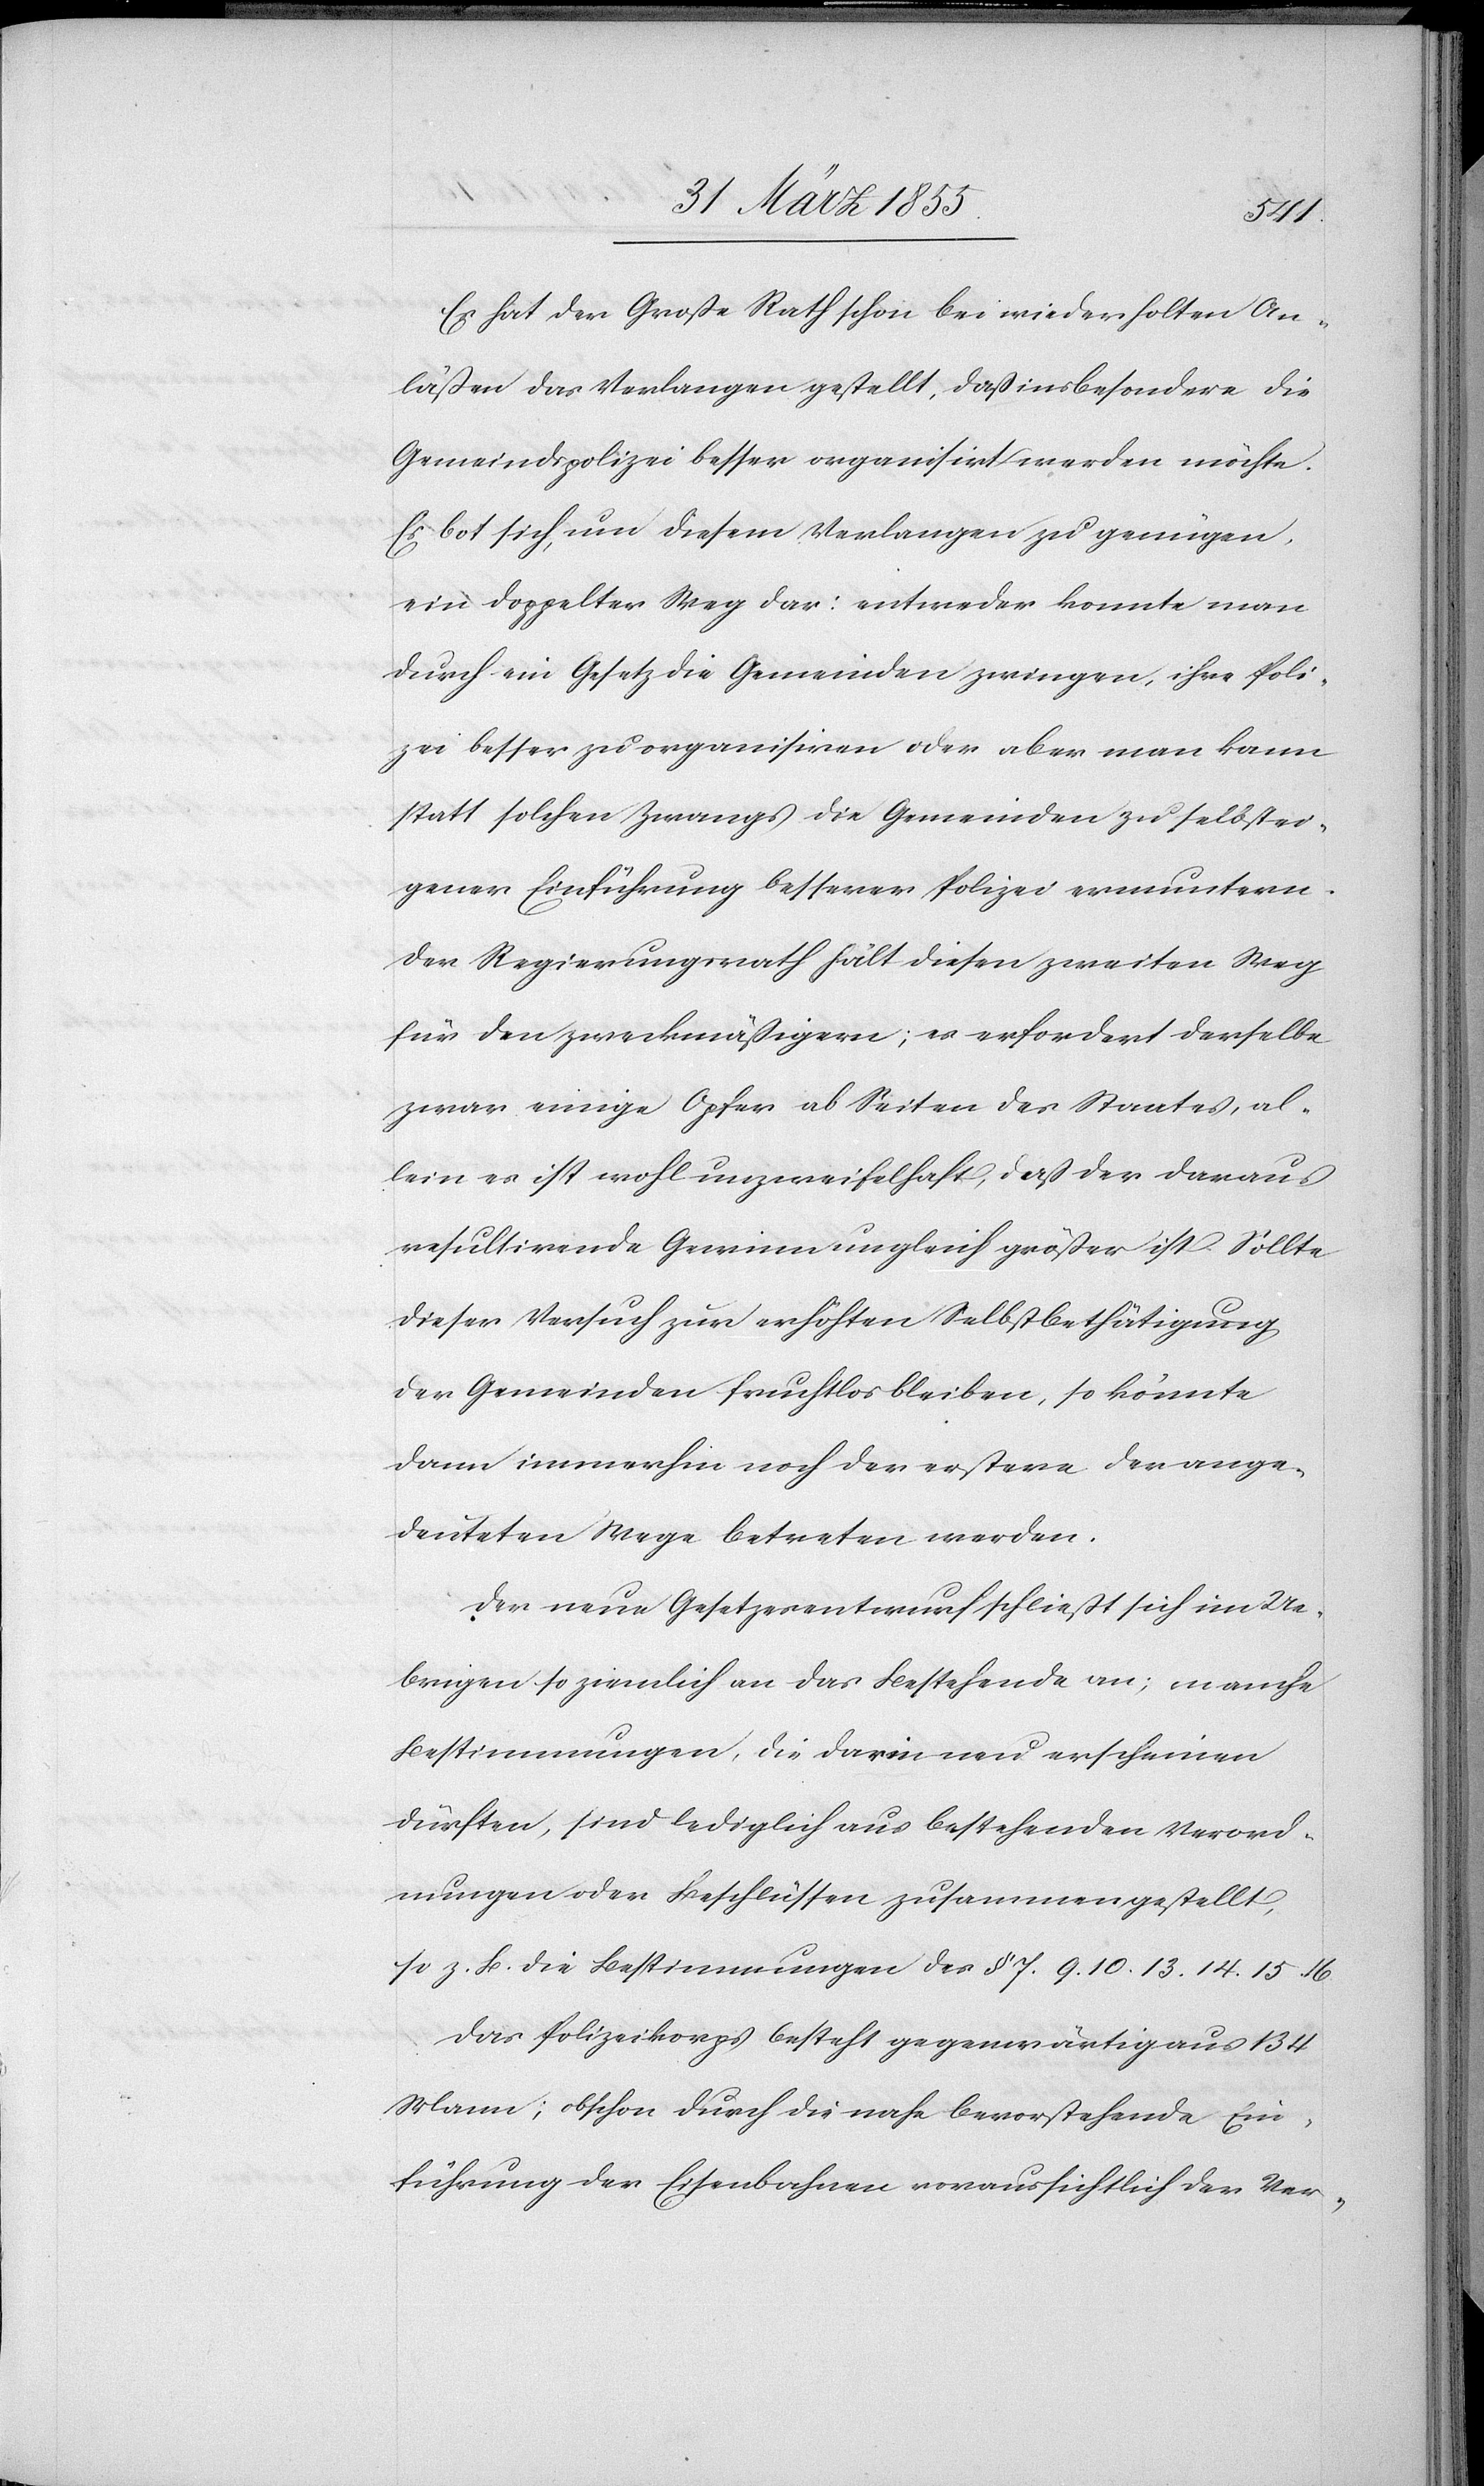
Es hat der Große Rath schon bei wiederholten An¬
läßen das Verlangen gestellt, daß insbesondere die
Gemeindspolizei besser organisirt werden möchte.
Es bot sich, um diesem Verlangen zu genügen,
ein doppelter Weg dar: entweder konnte man
durch ein Gesetz die Gemeinden zwingen, ihre Poli¬
zei besser zu organisiren oder aber man kann
statt solchen Zwangs die Gemeinden zu selbstei¬
gener Einführung besserer Polizei ermuntern.
Der Regierungsrath hält diesen zweiten Weg
für den zweckmäßigern; es erfordert derselbe
zwar einige Opfer ab Seiten des Staates, al¬
lein es ist wohl unzweifelhaft, daß der daraus
resultirende Gewinn ungleich größer ist. Sollte
dieser Versuch zur erhöhten Selbstbethätigung
der Gemeinden fruchtlos bleiben, so könnte
dann immerhin noch der erstere der ange¬
deuteten Wege betreten werden.
Der neue Gesetzesentwurf schließt sich im Ue¬
brigen so ziemlich an das Bestehende an; manche
Bestimmungen, die darin neu erscheinen
dürften, sind lediglich aus bestehenden Verord¬
nungen oder Beschlüssen zusammengestellt,
so z. B. die Bestimmungen des §. 7. 9. 10. 13. 14. 15. 16.
Das Polizeikorps besteht gegenwärtig aus 134
Mann; obschon durch die nahe bevorstehende Ein¬
führung der Eisenbahnen voraussichtlich der Ver-